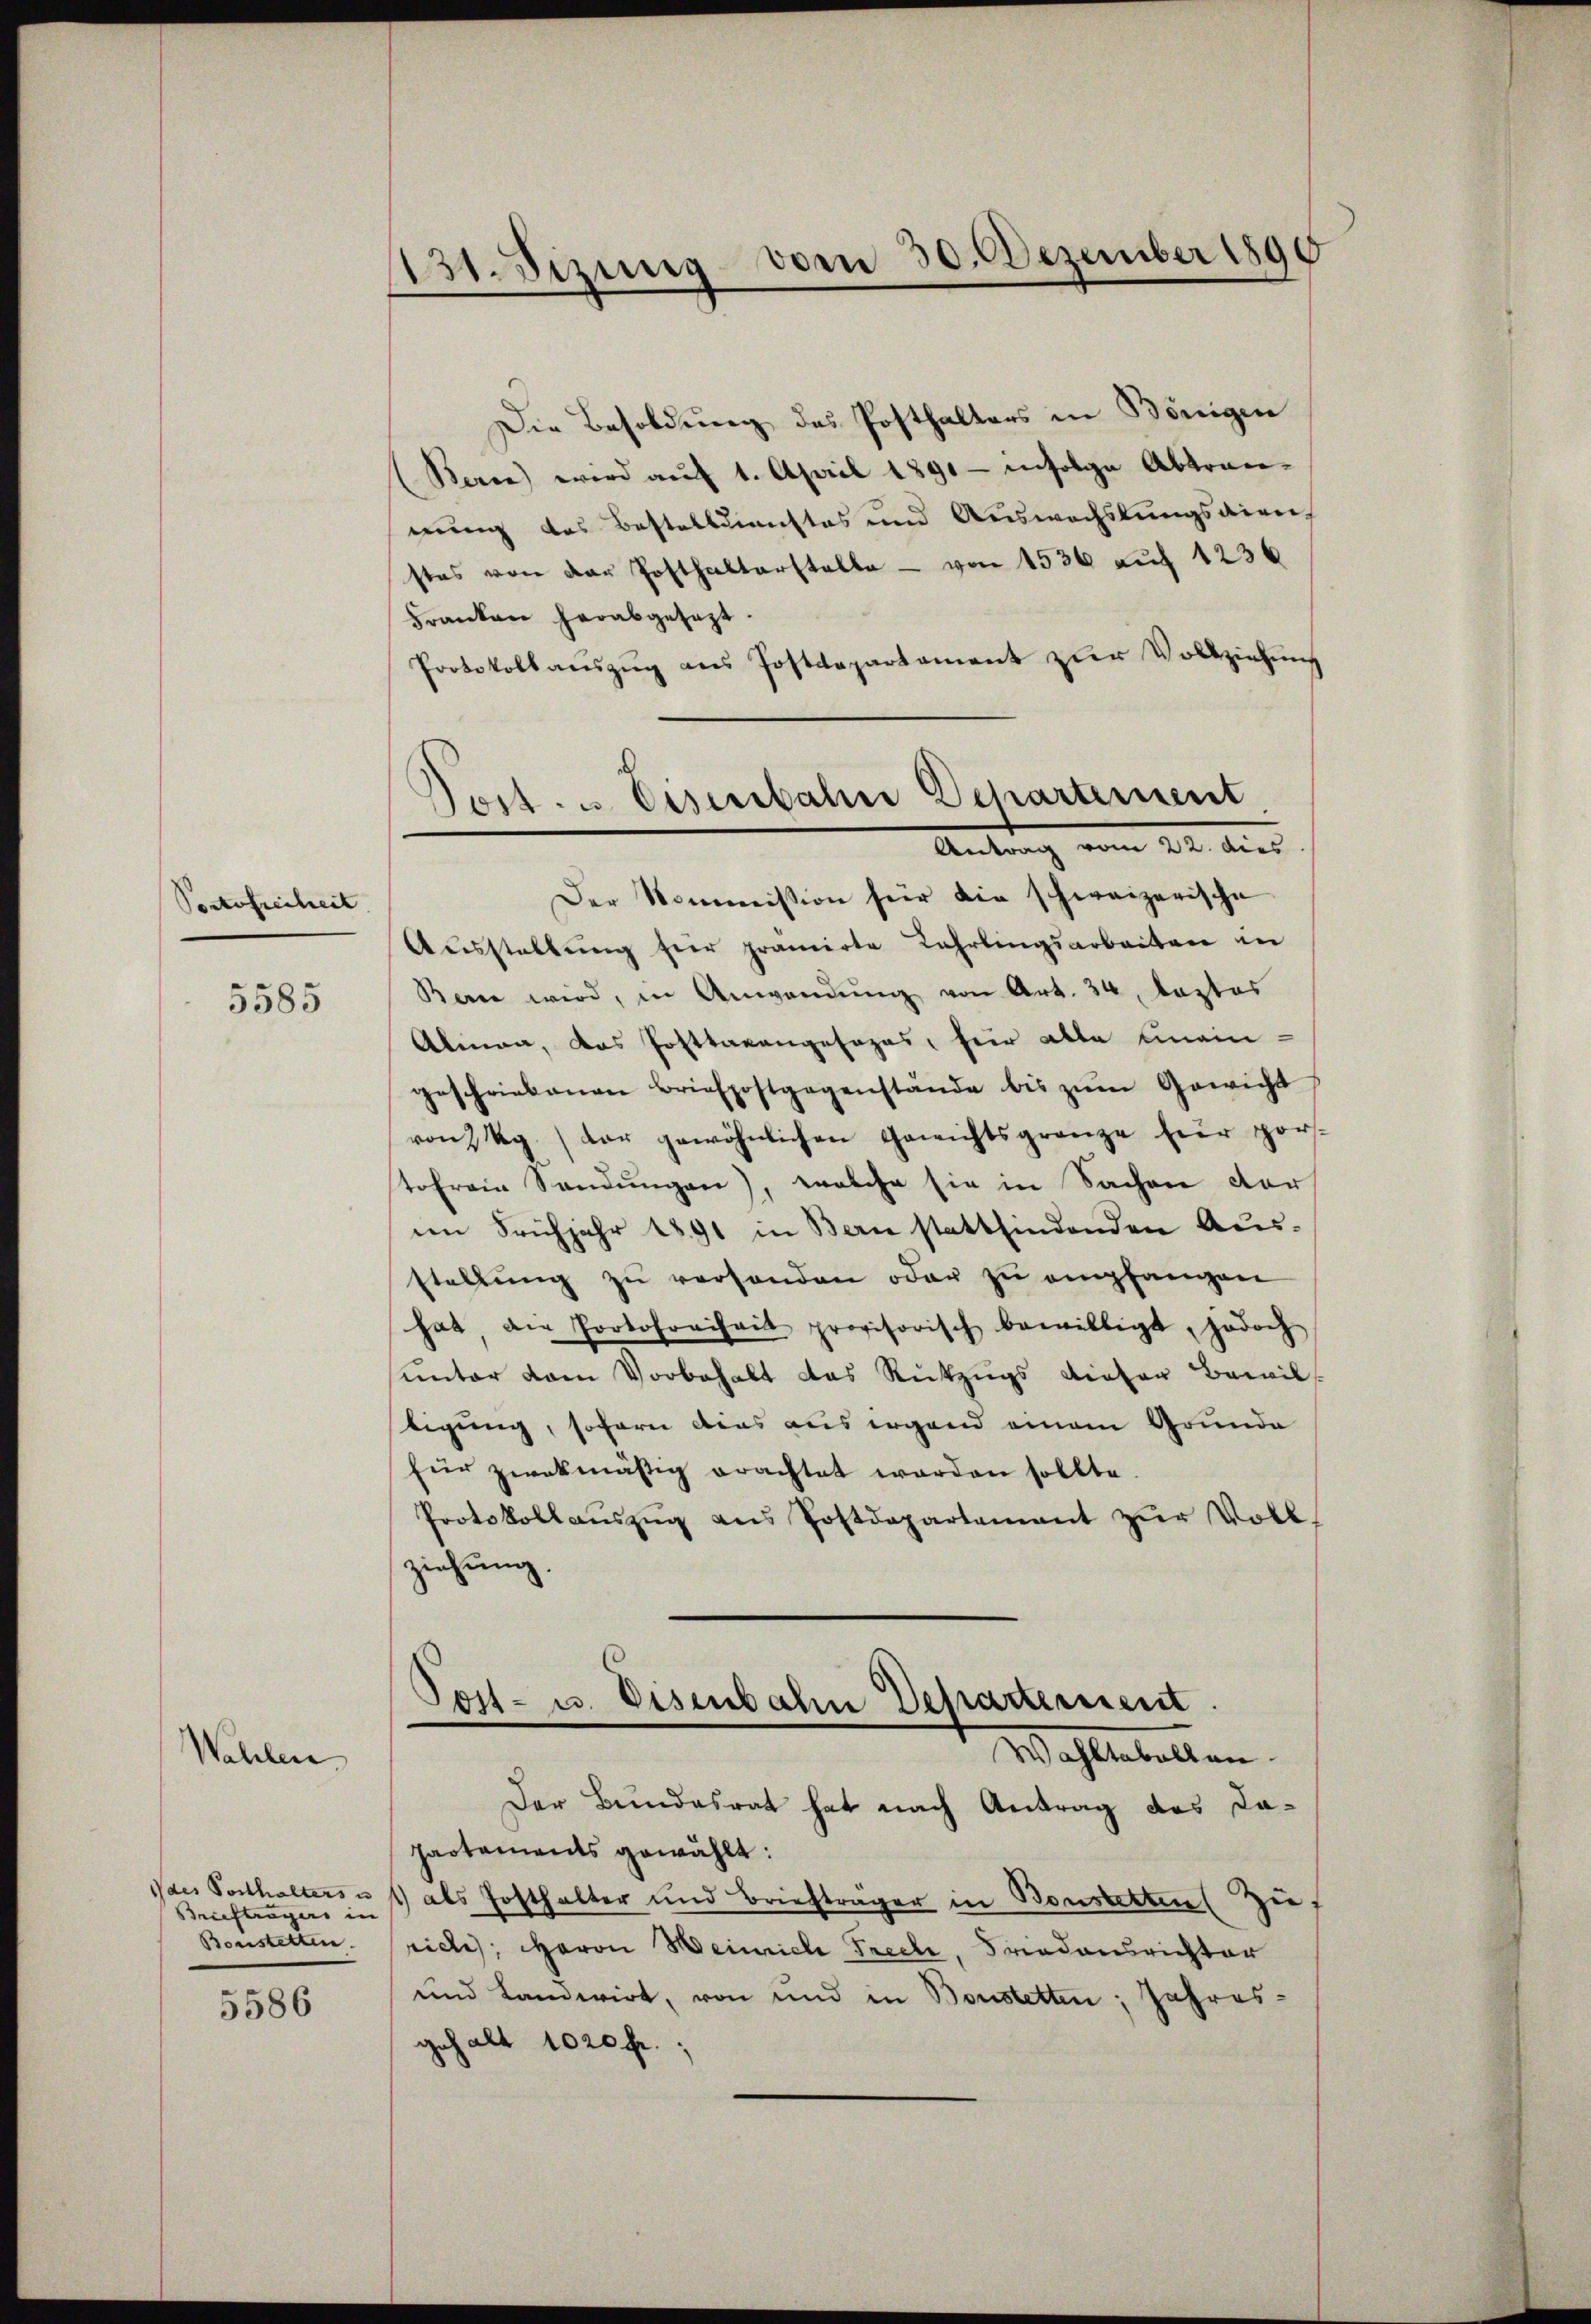
Portofreiheit

5585

Wahlen

Ides Posthalters u
Briefträgers in
Bonstetten.
5586

131. Sizung vom 30. Dezember 1890

Die Besoldung des Posthalters in Bönigen
Berne wird aŭf 1. April 1891 infolge Abtran-
nung des Bestelldienstes und Auswechslungsdire
stes von der Posthalterstelle - von 1536 auf 1236
Franken herabgesezt.
Protokollaŭszŭg ans Postdepartament zŭr Vollziehŭng
Der Kommission für die schweizerische
Aŭsstellŭng für pramirte Lehrlingsarbeiten in
Bern wird, in Anwendung von Art. 34, Kaptos
Alinea, das Posttaxangesages, für alle einein-
geschriebenen Briefpostgegenstände bis zŭm Gewicht
von 2 Kg. der gewöhnlichen Gewichtsgrenze für por-
tofreie Sandŭngen), welche sie in Sachen der
im Frühjahr 1891 in Bern stattfindenden Ausstellung zu verhanden oder zu empfangen
hat, die Portofreiheit provisorisch bewilligt, jedoch
unter dem Vorbehalt das Rückzugs dieser Bewil
tigung, sofern dies aus irgend einem Grunde
für zwekmäßig erachtet worden sollte.
Protokollaŭszŭg ans Postdepartement zŭr Voll
ziehung.
Tost- u. Eisenbahn Departement
Wahlabellen.
Der Bundesrat hat nach Antrag des Dapartaments gewählt:
1) als Posthalter und Briefträger in Bonstetten (zu
rich, Baron Heinrich Frech, Friedensrichter
und Landwirt, von und in Bonstetten; Jahres-
gehalt 1020 fr.;

Post. u. Eisenbahn Departement